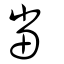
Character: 當